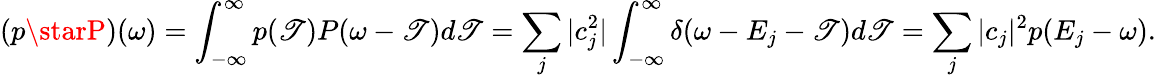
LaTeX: ({p}\starP)(\omega)=\int_{-\infty}^{\infty}p(\mathscr{T})P(\omega-\mathscr{T})d\mathscr{T}=\sum_{j}|c_{j}^{2}|\int_{-\infty}^{\infty}\delta(\omega-E_{j}-\mathscr{T})d\mathscr{T}=\sum_{j}|c_{j}|^{2}p(E_{j}-\omega).